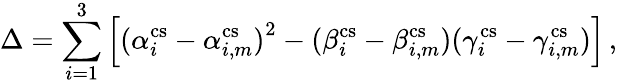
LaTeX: \Delta=\sum_{i=1}^{3}\left[{(\alpha_{i}^{\mathrm{cs}}-\alpha_{i,m}^{\mathrm{cs}})}^{2}-(\beta_{i}^{\mathrm{cs}}-\beta_{i,m}^{\mathrm{cs}})(\gamma_{i}^{\mathrm{cs}}-\gamma_{i,m}^{\mathrm{cs}})\right]\, ,